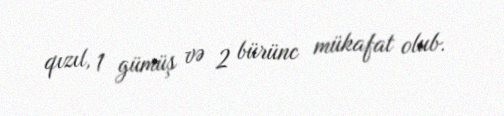
qızıl, 1 gümüş və 2 bürünc mükafat olub.